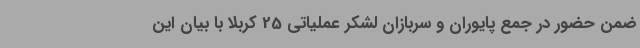
ضمن حضور در جمع پایوران و سربازان لشکر عملیاتی 25 کربلا با بیان این